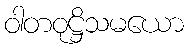
ဝါတဝုဋ္ဌိသမယော